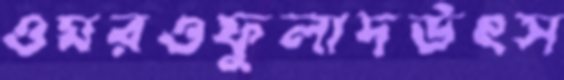
ওমরওফুলাদউৎস